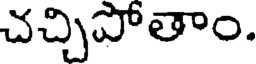
చచ్చిపోతాం.